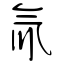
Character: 氚